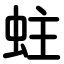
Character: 蛀